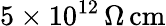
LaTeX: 5\times 10^{12}\, \Omega\, \mathrm{{cm}}